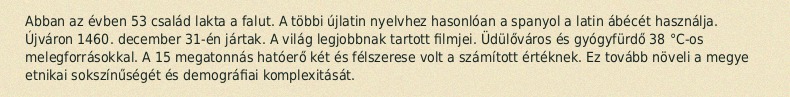
Abban az évben 53 család lakta a falut. A többi újlatin nyelvhez hasonlóan a spanyol a latin ábécét használja. Újváron 1460. december 31-én jártak. A világ legjobbnak tartott filmjei. Üdülőváros és gyógyfürdő 38 °C-os melegforrásokkal. A 15 megatonnás hatóerő két és félszerese volt a számított értéknek. Ez tovább növeli a megye etnikai sokszínűségét és demográfiai komplexitását.